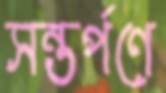
সন্তর্পণে